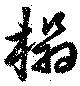
榻